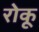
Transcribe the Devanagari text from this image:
रोकू